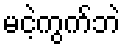
မငဲ့ကွက်ဘဲ